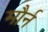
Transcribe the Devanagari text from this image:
मौर्न